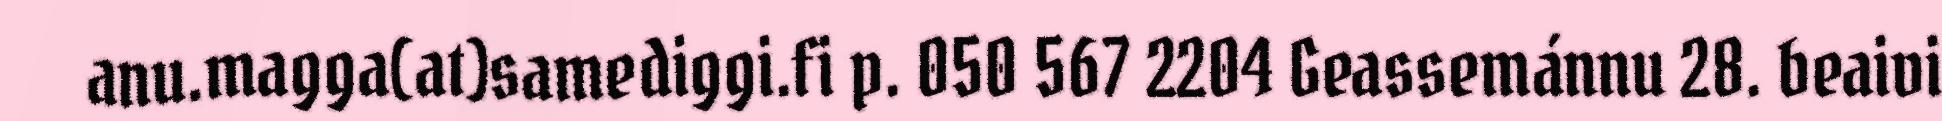
anu.magga(at)samediggi.fi p. 050 567 2204 Geassemánnu 28. beaivi